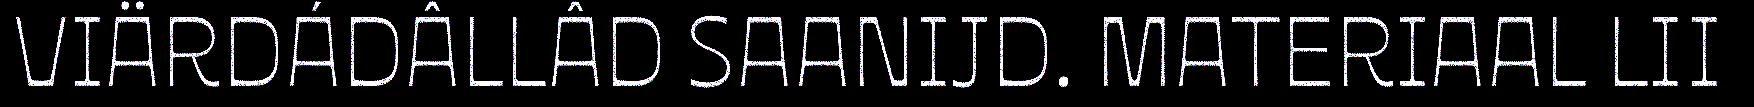
VIÄRDÁDÂLLÂD SAANIJD. MATERIAAL LII